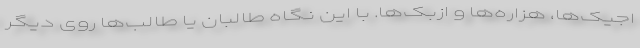
اجیک‌ها، هزاره‌ها و ازبک‌ها. با این نگاه طالبان یا طالب‌ها روی دیگر